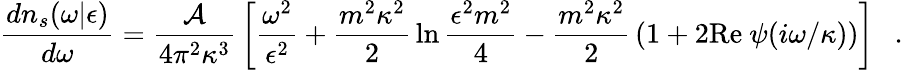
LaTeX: {\frac{dn_{s}(\omega|\epsilon)}{d\omega}}={\frac{\cal A}{4\pi^{2}\kappa^{3}}}\left[{\frac{\omega^{2}}{\epsilon^{2}}}+{\frac{m^{2}\kappa^{2}}{2}}\ln{\frac{\epsilon^{2}m^{2}}{4}}-{\frac{m^{2}\kappa^{2}}{2}}\left(1+2\mathrm{Re}~\psi(i\omega/\kappa)\right)\right]~~~.